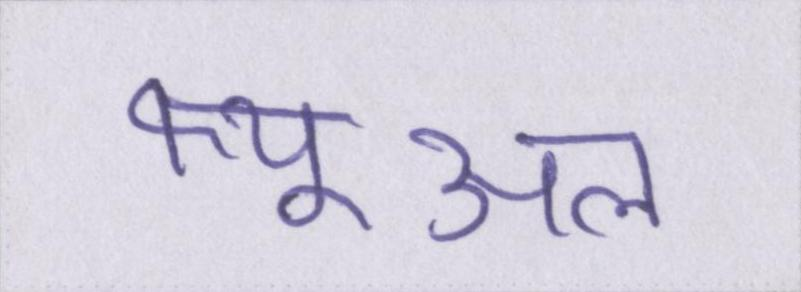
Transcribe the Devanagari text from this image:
फ्यूअल